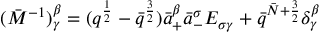
( \bar { M } ^ { - 1 } ) _ { \gamma } ^ { \beta } = ( q ^ { { \frac { 1 } { 2 } } } - \bar { q } ^ { { \frac { 3 } { 2 } } } ) \bar { a } _ { + } ^ { \beta } \bar { a } _ { - } ^ { \sigma } { \cal E } _ { \sigma \gamma } + \bar { q } ^ { \bar { N } + { \frac { 3 } { 2 } } } \delta _ { \gamma } ^ { \beta }